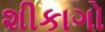
શીકાગો